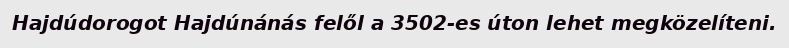
Hajdúdorogot Hajdúnánás felől a 3502-es úton lehet megközelíteni.